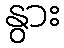
နွား